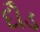
દૌડ